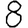
Digit: 8